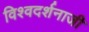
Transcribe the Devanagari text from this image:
विश्वदर्शनाजी